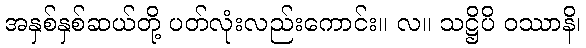
အနှစ်နှစ်ဆယ်တို့ ပတ်လုံးလည်းကောင်း။ လ။ သဋ္ဌိပိ ဝဿာနိ၊